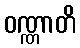
ဝဏ္ဏာတိ